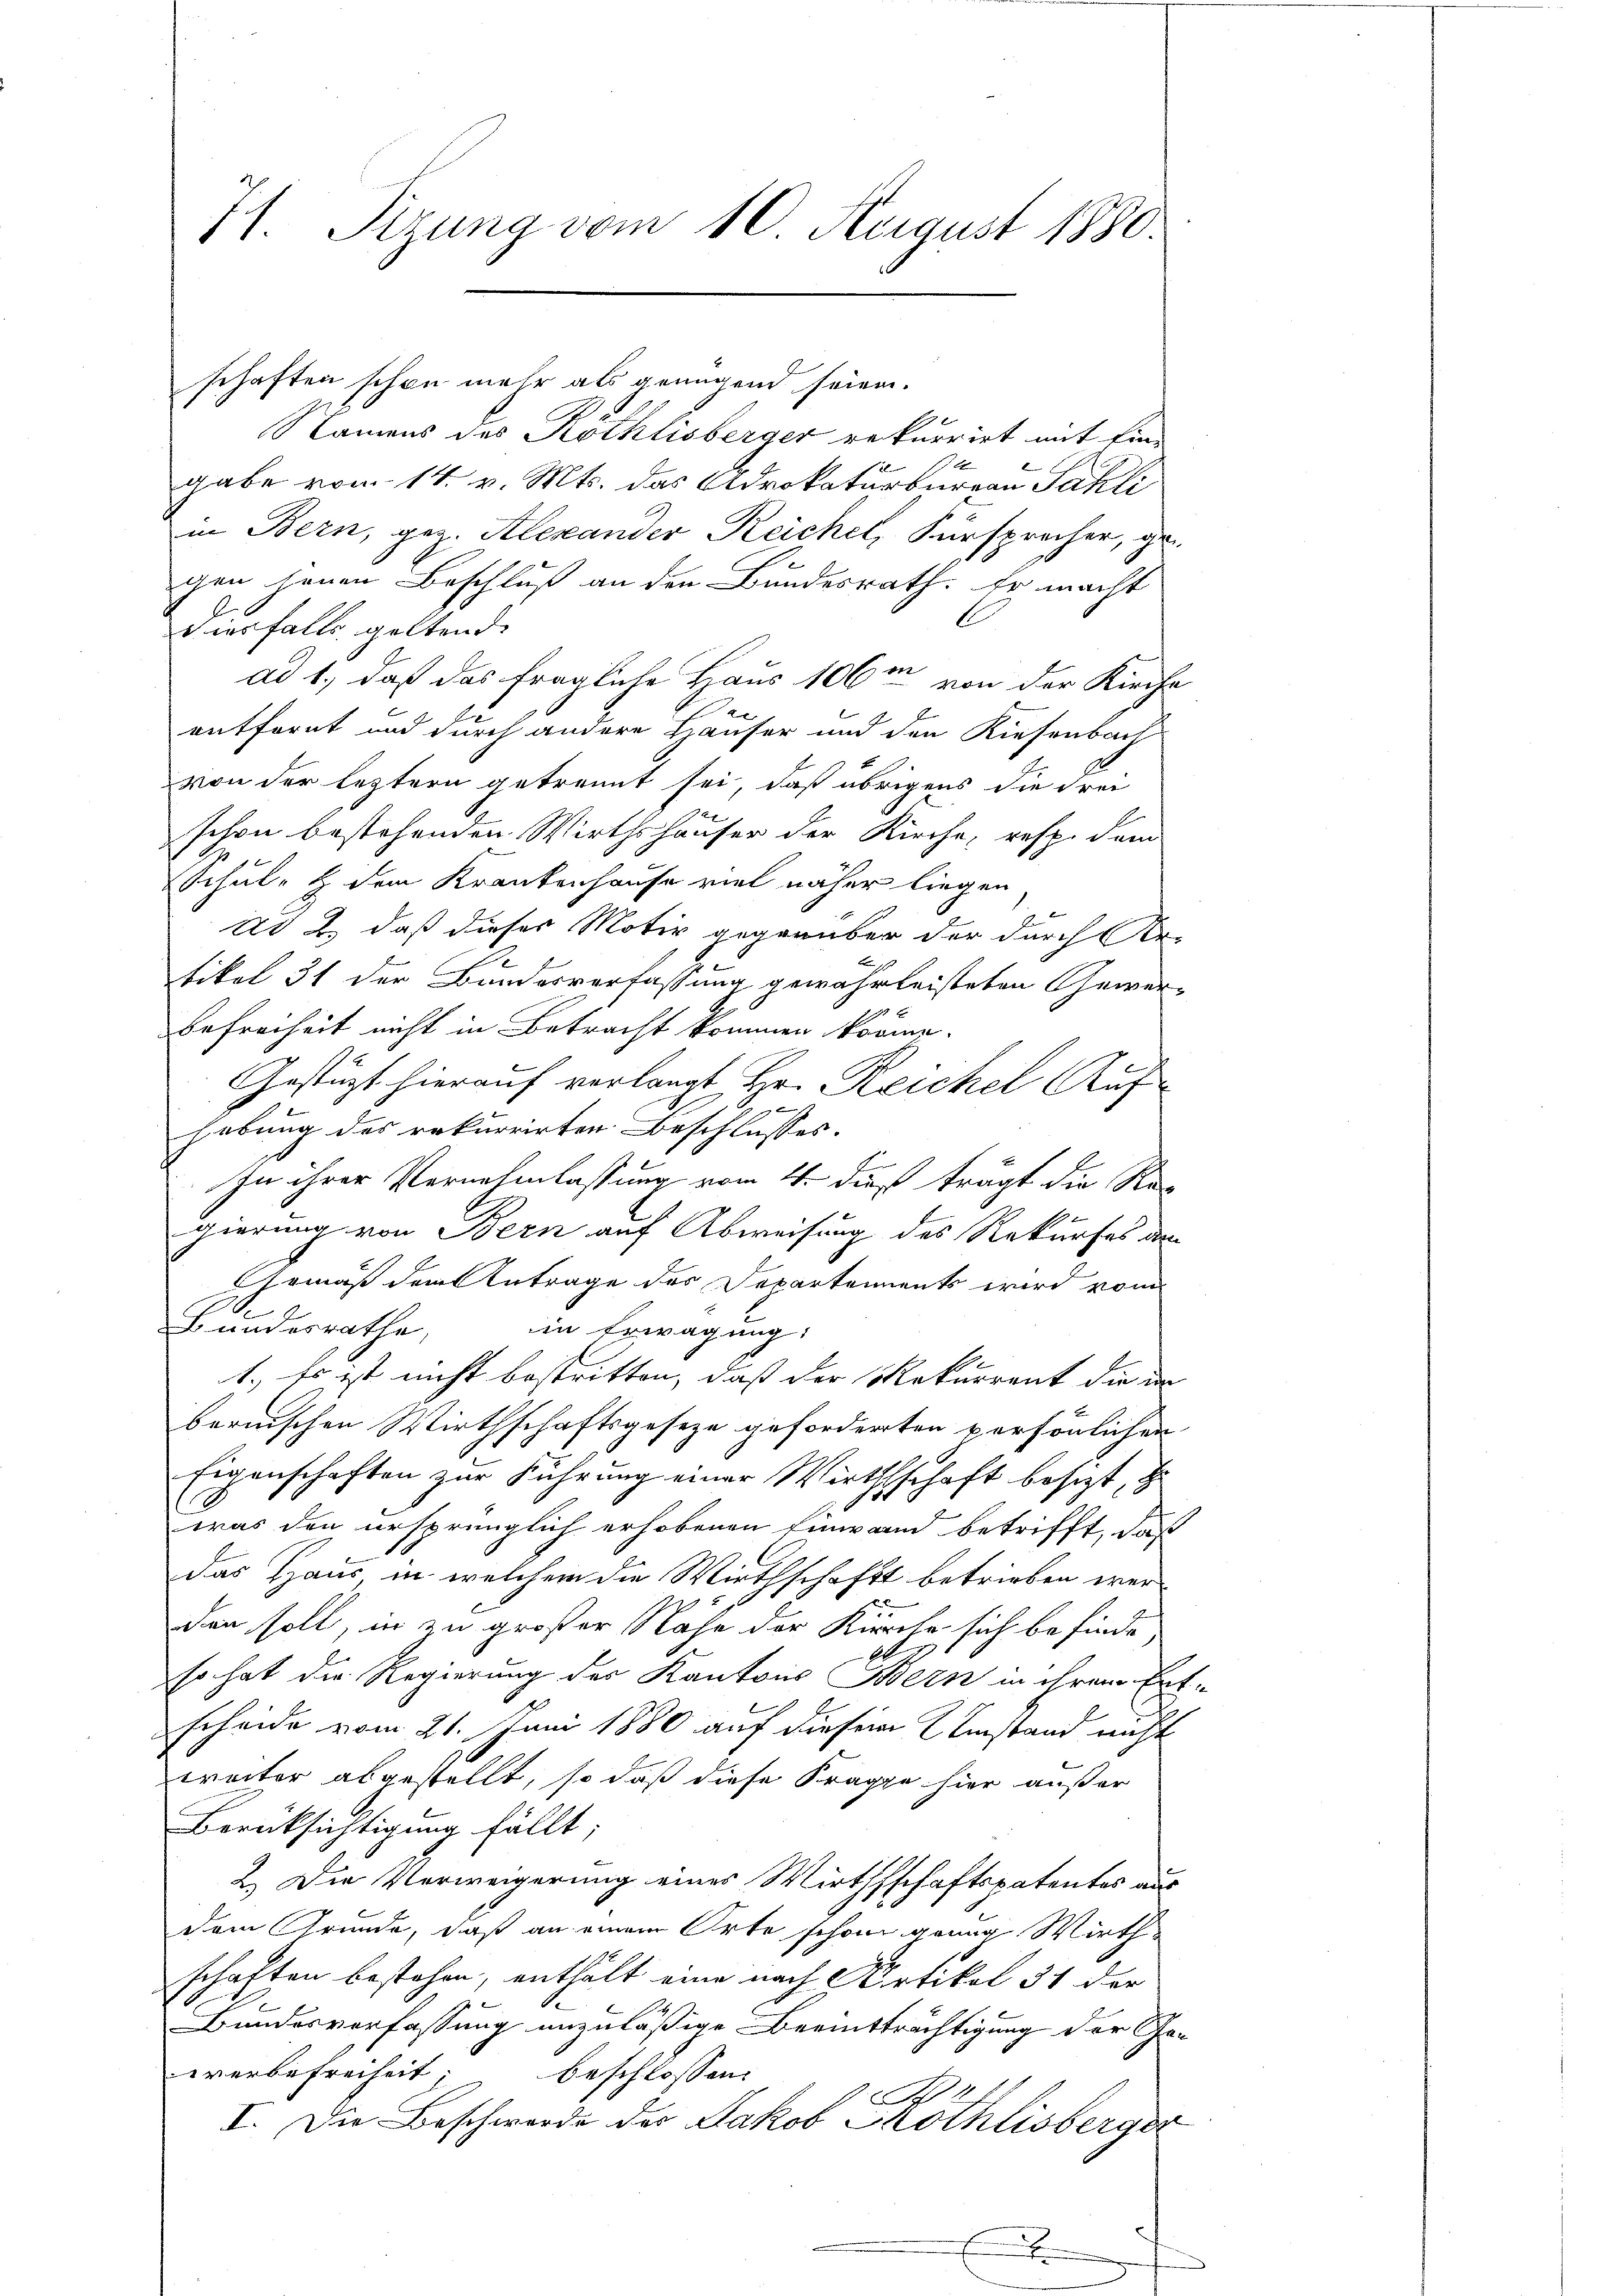
71. Sizung vom 10. August 1880.

schaften schon mehr als genügend seien.
Namens des Röthlisberger rekurrirt mit Ein-
gabe vom 14. v. Mts. das Advokaturbureau Pakli
in Bern, geg. Alexander Reichel, Fürsprecher, ge
chen jenen Beschluß an den Bundesrath. Er macht
 iesfalls geltende
ad 1., daß das fragliche Haus 106 m von der Kirche
x
entfernt und durch andere Häuser und den Riesenbach
von der leztern getrennt sei, daß übrigens die Frei
schon bestehenden Wirthshäuser der Kirche, resp. dem
Schul- & dem Krankenhause viel näher liegen
Ur 2. daß dieses Motiv gegenüber der durch Be-
.
tikel 31 der Bundesverfassung gewährleisteten Gewer¬
Befreiheit nicht in Betracht kommen können.
Gestüzt hierauf verlangt Hr. Reichel Auf
h
hebung des rekurrirten Beschlusses.
E
In ihrer Vernehmlassung vom 4. dieß trägt die Rec
gierung von Bern auf Abweisung des Rekurses den
Gemäß dem Antrage des Departements wird vom
Bundesrathe,
in Erwägung:
1.) Es ist nicht bestritten, daß der Rekurrent die in
bernischen Wirthschaftsgeseze geforderten persönlichen
Eigenschaften zur Führung einer Wirthschaft besizt, z
was den ursprünglich erhobenen Einwand betrifft, daß
das Haus in welchem die Wirthschaft betrieben werden soll, in zu großer Nahe der Kirche sich befinde,
so hat die Regierung des Kantons Bern in ihrem Erth
scheide vom 21. Juni 1880 auf diesem Umstand nicht
weiter abgestellt, so daß diese Frage hier außer
Berücksichtigung fällt;
2.) Die Verweigerung eines Wirthsschaftspatentes aus
dem Grunde, daß an einem Orte schon grung Wirthschaften bestehen, enthält eine nach Artikel 31 der
Bundesverfassung unzuläßige Beeinträchtigung der Gewerbefreiheit;
beschlossen:
S
I. Die Beschwerde des Jakob Prothlisberger
x